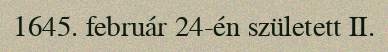
1645. február 24-én született II.